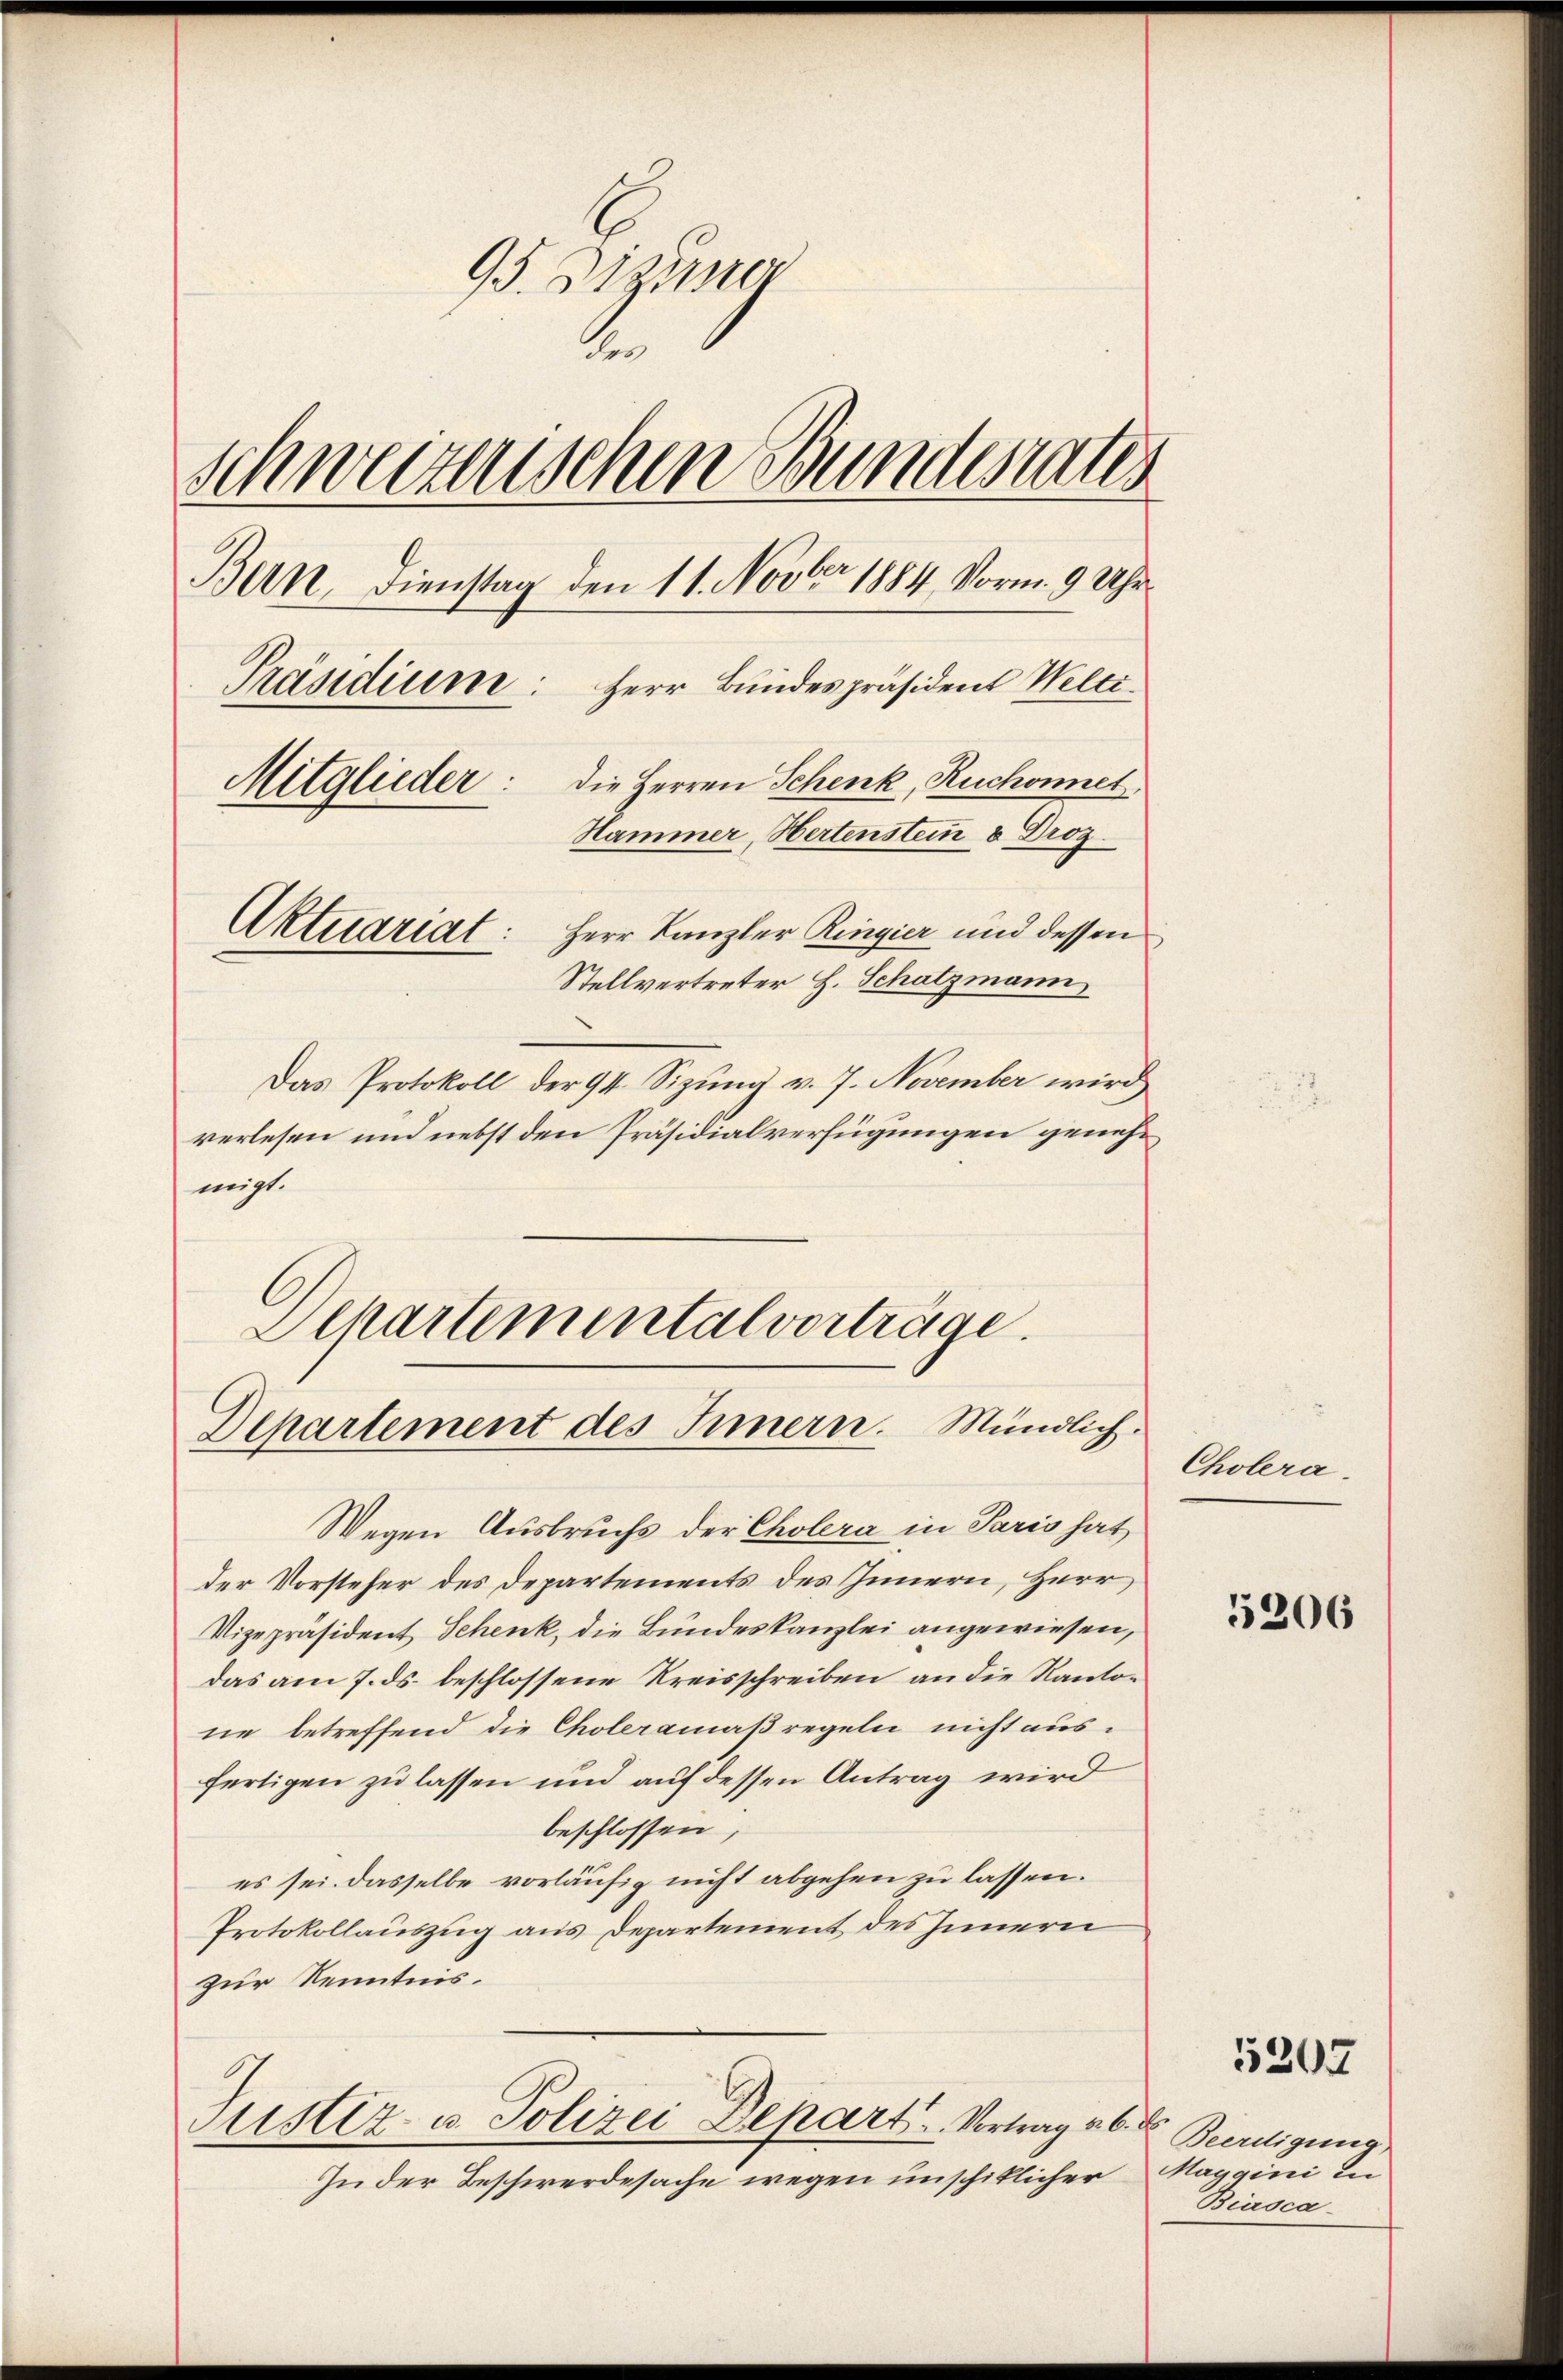
95. Dizung
d
schweizerischen Bundesrates
Bern, Dienstag den 11. Novber 1884. Vorm. 9 Uhr¬
Präsidiume: Herr Bundespräsident Welti.
Mitglieder: die Herren Schenk, Ruchonnet
Hammer, Hertenstein & Droz.
Aktuariat:
Herr Kanzler Ringier und dessen
Stellvertreter H. Schatzmann
Das Protokoll der 94. Sizung v. 7. November wird
verlesen und nebst den Präsidialverfügungen genehmigt.

Schartementalverträge.

Departement des Innern. Mündlich.

Wegen Ausbruchs der Cholera in Paris hat,
der Vorsteher des Departements des Innern, Herr
Vizepräsident Schenk, die Bundeskanzlei angewiesen,
das am 7. ds. beschlossene Kreisschreiben an die Kantone betreffend die Choleramaßregeln nicht ausfertigen zu lassen und auf dessen Antrag wird
beschlossen,
es sei. Dasselbe vorläufig nicht abgehen zu lassen.
Protokollauszug aus Departement des Innern
zur Kenntnis.

Justiz- u. Polizei Depart. Vortrag v. 6. d

In der Beschwerdesache wegen unschiklicher Maggini in

Cholera.

5206

5202

Beerdigung,
Biasca-